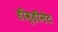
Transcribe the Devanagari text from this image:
डीव्हीनेट